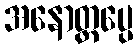
အနောတ္တပ္ပေ